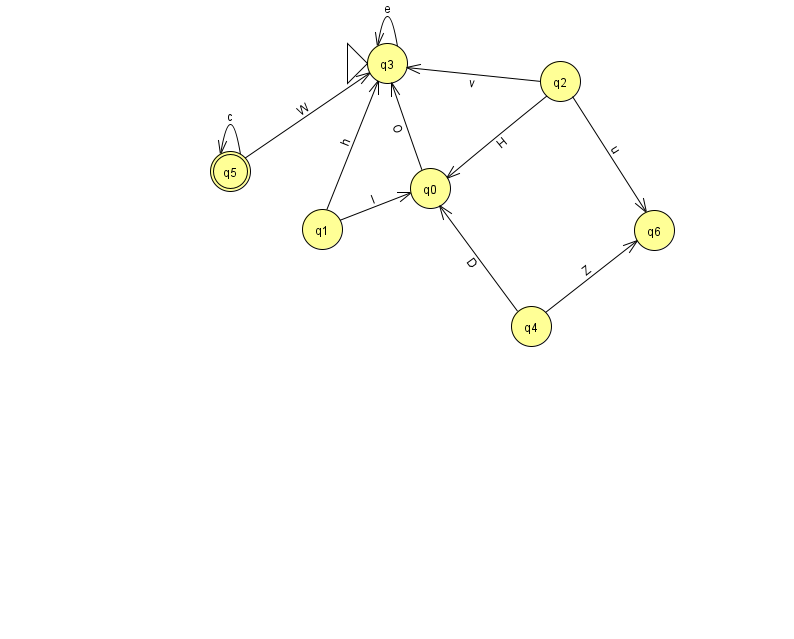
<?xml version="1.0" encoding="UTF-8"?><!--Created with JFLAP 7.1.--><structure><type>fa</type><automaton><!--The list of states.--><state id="0" name="q0"><x>430.0</x><y>175.0</y></state><state id="1" name="q1"><x>322.0</x><y>216.0</y></state><state id="2" name="q2"><x>560.0</x><y>68.0</y></state><state id="3" name="q3"><x>387.0</x><y>50.0</y><initial/></state><state id="4" name="q4"><x>531.0</x><y>313.0</y></state><state id="5" name="q5"><x>230.0</x><y>158.0</y><final/></state><state id="6" name="q6"><x>654.0</x><y>217.0</y></state><!--The list of transitions.--><transition><from>1</from><to>3</to><read>h</read></transition><transition><from>5</from><to>5</to><read>c</read></transition><transition><from>3</from><to>3</to><read>e</read></transition><transition><from>1</from><to>0</to><read>I</read></transition><transition><from>5</from><to>3</to><read>W</read></transition><transition><from>2</from><to>0</to><read>H</read></transition><transition><from>2</from><to>6</to><read>u</read></transition><transition><from>0</from><to>3</to><read>O</read></transition><transition><from>2</from><to>3</to><read>v</read></transition><transition><from>4</from><to>6</to><read>Z</read></transition><transition><from>4</from><to>0</to><read>D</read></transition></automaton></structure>